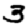
Digit: 3